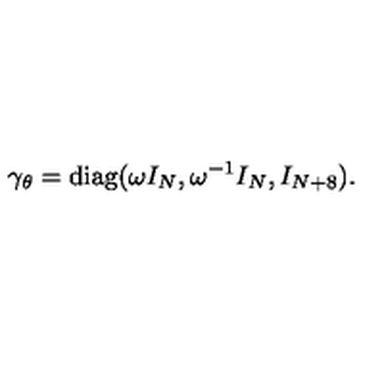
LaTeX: \gamma _ { \theta } = \mathrm { d i a g } ( \omega I _ { N } , \omega ^ { - 1 } I _ { N } , I _ { N + 8 } ) .